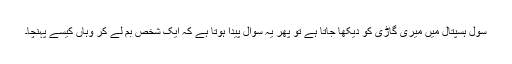
سول ہسپتال میں میری گاڑی کو دیکھا جاتا ہے تو پھر یہ سوال پیدا ہوتا ہے کہ ایک شخص بم لے کر وہاں کیسے پہنچا۔